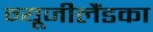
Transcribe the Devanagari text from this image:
न्यूजीलैंडका